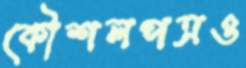
কৌশলপত্রও